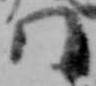
門